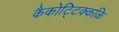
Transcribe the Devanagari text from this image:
कैकोट्टिक्कळि